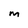
Character: M